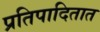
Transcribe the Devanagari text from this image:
प्रतिपादितात